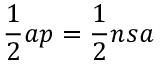
{ \frac { 1 } { 2 } } a p = { \frac { 1 } { 2 } } n s a \,